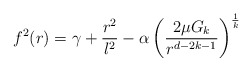
\begin{align*}f^{2}(r)=\gamma +\frac{r^{2}}{l^{2}}-\alpha \left( \frac{2\mu G_{k}}{r^{d-2k-1}}\right) ^{\frac{1}{k}} \end{align*}